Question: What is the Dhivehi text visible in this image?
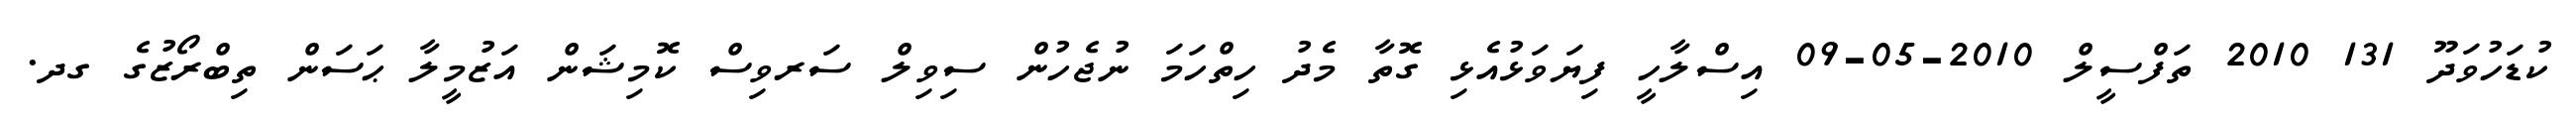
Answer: ކުޑަހުވަދޫ 131 2010 ތަފްސީލް 2010-05-09 އިސްލާހީ ފިޔަވަޅުއެޅި ގޮތާ މެދު ހިތްހަމަ ނުޖެހުން ސިވިލް ސަރވިސް ކޮމިޝަން އަޒުމީލާ ޙަސަން ތިބްރޯޒުގެ ގދ.